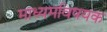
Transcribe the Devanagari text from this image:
माध्यमविषयक